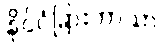
နိုင်ငံခြားဘာသာ